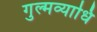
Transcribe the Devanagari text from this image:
गुल्मव्याधि